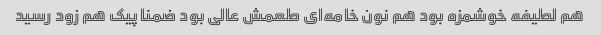
هم لطیفه خوشمزه بود هم نون خامه‌ای طعمش عالی بود ضمنا پیک هم زود رسید